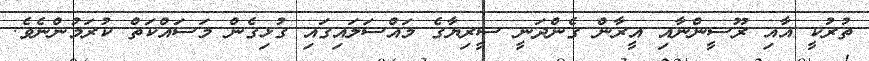
ތުރުކީ އާއި ރޫސީންނާއި އީރާން ގެންދަނީ ސީރިޔާގެ މައްސަލައިގައި ގުޅިގެން މަސައްކަތް ކުރަމުންނެވެ.